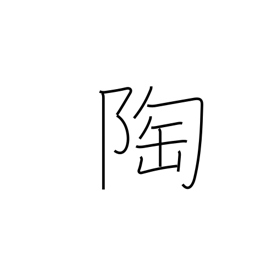
Meaning: pottery